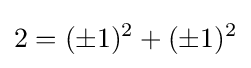
2=(\pm 1)^{2}+(\pm 1)^{2}